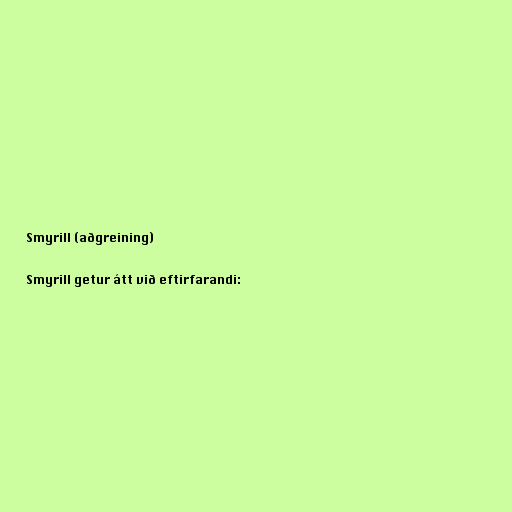
Smyrill (aðgreining)

Smyrill getur átt við eftirfarandi: